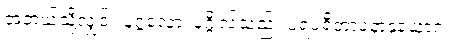
အဘယ်သို့လျှင်။ ပုဂ္ဂလော၊ ပုဂ္ဂိုလ်သည်။ ပရပရိတာပနာနုယောဂံ၊